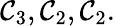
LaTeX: \mathcal{C}_{3},\mathcal{C}_{2},\mathcal{C}_{2}.